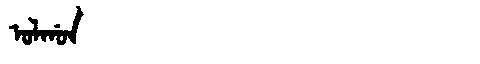
Manchu: ᠣᠯᡤᠣᠨ
Romanization: OLGON